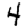
Digit: 4